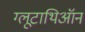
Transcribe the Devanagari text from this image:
ग्लूटाथिऑन